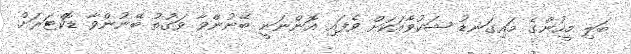
ބަލި މީހުންގެ މައިގަނޑު ޝަކުވާއަކަށް ވެފައި އޮންނަނީ ބޭނުންވާ ވަގުތު ބޭނުންވާ ޑޮކްޓަރަށް